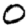
Digit: 0